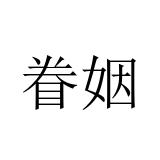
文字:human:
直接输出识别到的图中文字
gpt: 眷姻